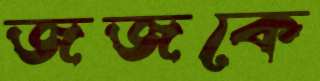
জজকে